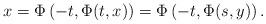
LaTeX: \begin{align*}x = \Phi\left(-t, \Phi(t,x)\right) = \Phi\left(-t, \Phi(s,y)\right).\end{align*}